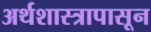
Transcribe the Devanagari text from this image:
अर्थशास्त्रापासून